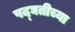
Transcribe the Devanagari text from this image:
पद्घतीच्या